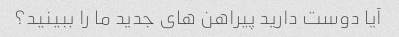
آیا دوست دارید پیراهن های جدید ما را ببینید؟